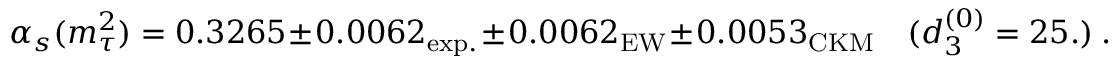
\alpha _ { s } ( m _ { \tau } ^ { 2 } ) = 0 . 3 2 6 5 \pm 0 . 0 0 6 2 _ { \mathrm { e x p . } } \pm 0 . 0 0 6 2 _ { \mathrm { E W } } \pm 0 . 0 0 5 3 _ { \mathrm { C K M } } \quad ( d _ { 3 } ^ { ( 0 ) } = 2 5 . ) \ .